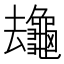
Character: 𪚸